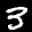
Label: 3